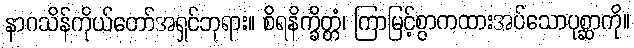
နာဂသိန်ကိုယ်တော်အရှင်ဘုရား။ စိရနိက္ခိတ္တံ၊ ကြာမြင့်စွာကထားအပ်သောပုစ္ဆာကို။